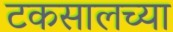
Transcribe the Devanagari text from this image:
टकसालच्या